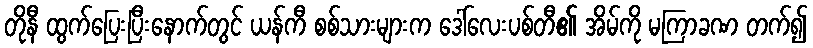
တိုနီ ထွက်ပြေးပြီးနောက်တွင် ယန်ကီ စစ်သားများက ဒေါ်လေးပစ်တီ၏ အိမ်ကို မကြာခဏ တက်၍